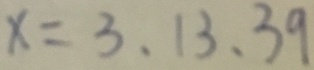
x = 3 、 1 3 、 3 9